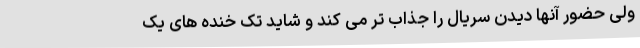
ولی حضور آنها دیدن سریال را جذاب تر می کند و شاید تک خنده های یک